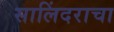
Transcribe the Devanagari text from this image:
सालिंदराचा